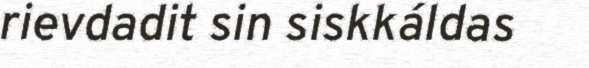
rievdadit sin siskkáldas